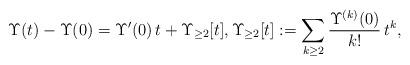
LaTeX: \begin{align*}\Upsilon(t)-\Upsilon(0)=\Upsilon'(0)\,t+\Upsilon_{\geq 2}[t], \Upsilon_{\geq 2}[t]:=\sum_{k\geq 2} \frac{\Upsilon^{(k)}(0)}{k!}\,t^k,\end{align*}